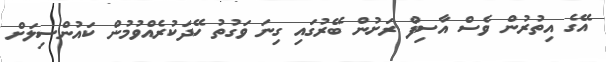
އޭގެ އިތުރުން ވެސް އާސިފް ރަށުން ބޭރުގައި ގިނަ ވަގުތު ހޭދަކުރެއްވުމުން ކައުންސިލަށް